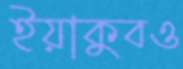
ইয়াকুবও